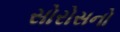
સોરોસનો